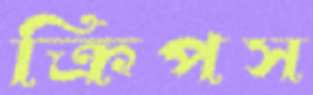
ক্রিপস